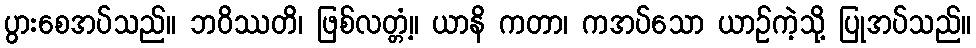
ပွားစေအပ်သည်။ ဘဝိဿတိ၊ ဖြစ်လတ္တံ့။ ယာနိ ကတာ၊ ကအပ်သော ယာဉ်ကဲ့သို့ ပြုအပ်သည်။